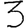
Digit: 3